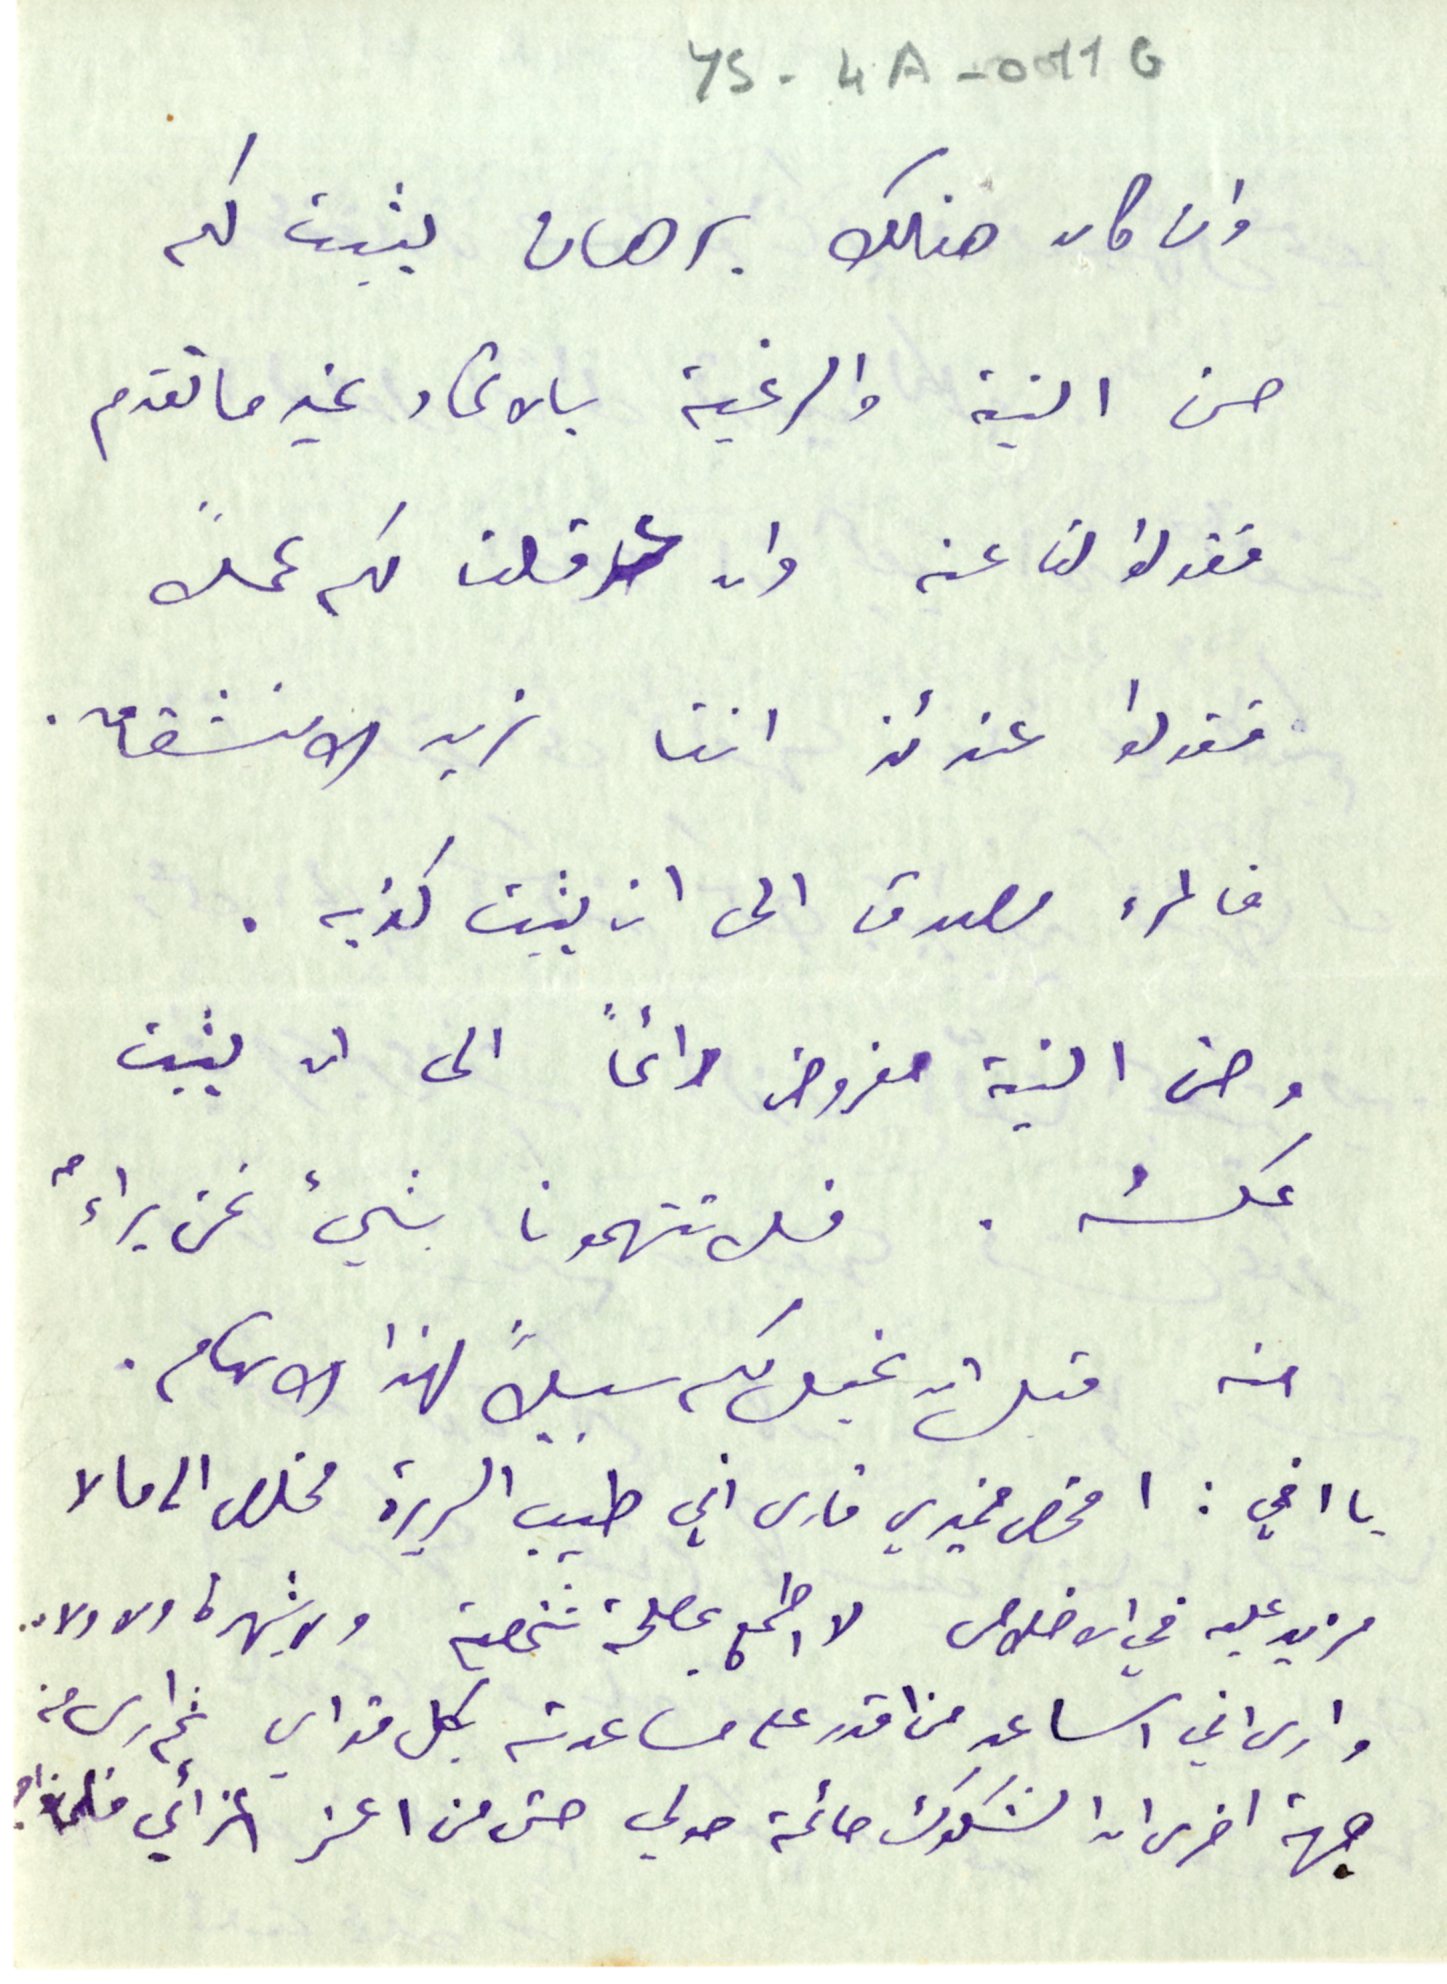
YS-4A--011G
وان كان هنالك برهان يثبت لكم
حسن النية والرغبة بالاتحاد غير ما تقدم
فقولوا لنا عنه وان عرقلت لكم عملاً
فقولوا عندئذ اننا نريد الانشقاق.
فالمرء مصدق الى ان يثبت كذبه.
وحسن النية مفروض دائماً الى ان يثبت
عكسُه. فلا تتهمونا بشيء نحن براءٌ
منه قبل ان نجعل لكم سبيلاً لهذا الاتهام.
يا اخي: افحص ضميري فارى أني طيب السريرة مخلص الى مالا
مزيد عليه في الاخلاص لا اطمع بمصلحة شخصية ولا شهرة ولا ولاء.
وارى اني اساعد من اقدر على مساعدته بكل قواي ثم ارى من
جهة اخرى ان الشكوك حائمة حولي حتى من اعز اعزائي فلماذا ؟